Vaccination in Bombay 1863-1868 - 1863-1868
Year: 1863
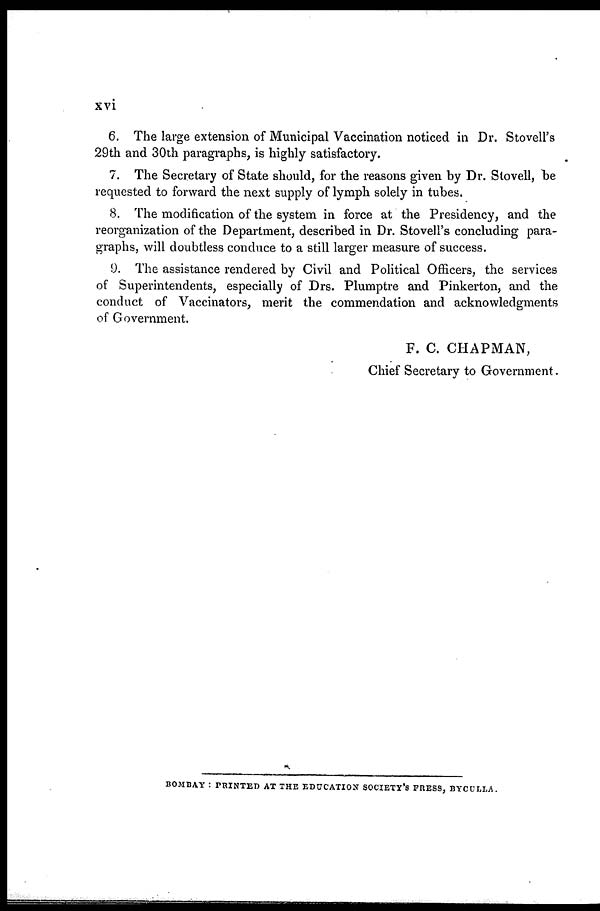
xvi
6. The large extension of Municipal Vaccination noticed in Dr. Stovell's
29th and 30th paragraphs, is highly satisfactory.
7. The Secretary of State should, for the reasons given by Dr. Stovell, be
requested to forward the next supply of lymph solely in tubes.
8. The modification of the system in force at the Presidency, and the
reorganization of the Department, described in Dr. Stovell's concluding para-
graphs, will doubtless conduce to a still larger measure of success.
9. The assistance rendered by Civil and Political Officers, the services
of Superintendents, especially of Drs. Plumptre and Pinkerton, and the
conduct of Vaccinators, merit the commendation and acknowledgments
of Government.
F. C. CHAPMAN,
Chief Secretary to Government.
BOMBAY : PRINTED AT THE EDUCATION SOCIETY'S PRESS, BYCULLA.